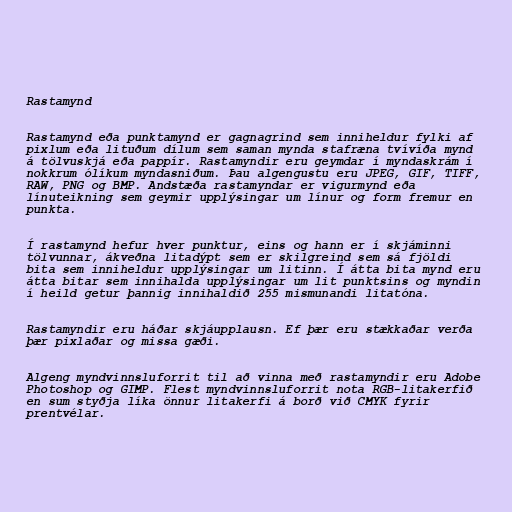
Rastamynd

Rastamynd eða punktamynd er gagnagrind sem inniheldur fylki af
pixlum eða lituðum dílum sem saman mynda stafræna tvívíða mynd
á tölvuskjá eða pappír. Rastamyndir eru geymdar í myndaskrám í
nokkrum ólíkum myndasniðum. Þau algengustu eru JPEG, GIF, TIFF,
RAW, PNG og BMP. Andstæða rastamyndar er vigurmynd eða
línuteikning sem geymir upplýsingar um línur og form fremur en
punkta.

Í rastamynd hefur hver punktur, eins og hann er í skjáminni
tölvunnar, ákveðna litadýpt sem er skilgreind sem sá fjöldi
bita sem inniheldur upplýsingar um litinn. Í átta bita mynd eru
átta bitar sem innihalda upplýsingar um lit punktsins og myndin
í heild getur þannig innihaldið 255 mismunandi litatóna.

Rastamyndir eru háðar skjáupplausn. Ef þær eru stækkaðar verða
þær pixlaðar og missa gæði.

Algeng myndvinnsluforrit til að vinna með rastamyndir eru Adobe
Photoshop og GIMP. Flest myndvinnsluforrit nota RGB-litakerfið
en sum styðja líka önnur litakerfi á borð við CMYK fyrir
prentvélar.